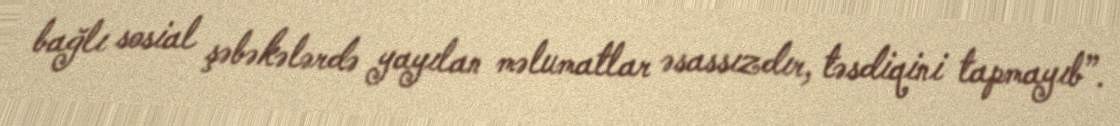
bağlı sosial şəbəkələrdə yayılan məlumatlar əsassızdır, təsdiqini tapmayıb”.